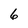
Character: 6